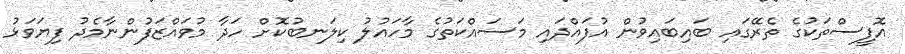
އޮފީސްތަކުގެ ތެރޭގައި ބައިބައިވުން އުފައްދައި މަސައްކަތުގެ މާހައުލު ކިލަނބުކޮށް ހަދާ މުވައްޒަފުންނާމެދު ފިޔަވަޅު